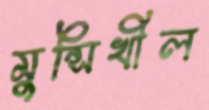
মুন্সিখীল